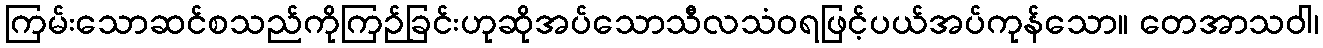
ကြမ်းသောဆင်စသည်ကိုကြဉ်ခြင်းဟုဆိုအပ်သောသီလသံဝရဖြင့်ပယ်အပ်ကုန်သော။ တေအာသဝါ၊